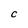
Character: C